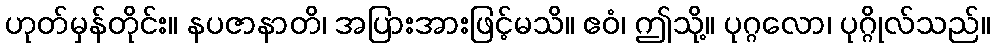
ဟုတ်မှန်တိုင်း။ နပဇာနာတိ၊ အပြားအားဖြင့်မသိ။ ဧဝံ၊ ဤသို့။ ပုဂ္ဂလော၊ ပုဂ္ဂိုလ်သည်။